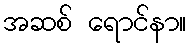
အဆစ် ရောင်နာ။